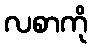
လစာကို